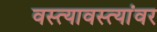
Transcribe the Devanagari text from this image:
वस्त्यावस्त्यांवर